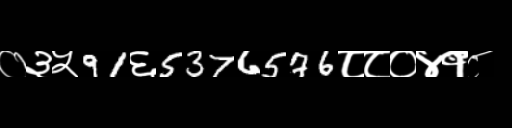
Text: ०३५91६5376576८८०४१८